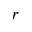
r